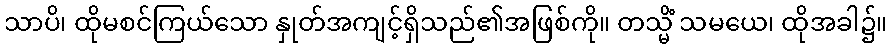
သာပိ၊ ထိုမစင်ကြယ်သော နှုတ်အကျင့်ရှိသည်၏အဖြစ်ကို။ တသ္မိံ သမယေ၊ ထိုအခါ၌။